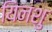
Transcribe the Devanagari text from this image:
यिनशु